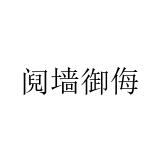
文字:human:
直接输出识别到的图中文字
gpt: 阋墙御侮